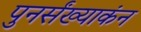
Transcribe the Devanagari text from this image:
पुनर्संख्याकंन